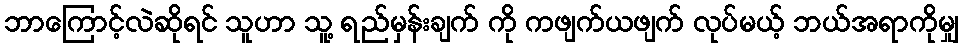
ဘာကြောင့်လဲဆိုရင် သူဟာ သူ့ ရည်မှန်းချက် ကို ကဖျက်ယဖျက် လုပ်မယ့် ဘယ်အရာကိုမျှ